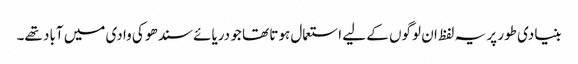
بنیادی طور پر یہ لفظ ان لوگوں کے لیے استعمال ہوتا تھا جو دریائے سندھو کی وادی میں آباد تھے۔